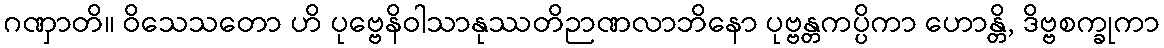
ဂဏှာတိ။ ဝိသေသတော ဟိ ပုဗ္ဗေနိဝါသာနုဿတိဉာဏလာဘိနော ပုဗ္ဗန္တကပ္ပိကာ ဟောန္တိ, ဒိဗ္ဗစက္ခုကာ